Vaccination in Bombay 1869-1873 - 1869-1873
Year: 1869
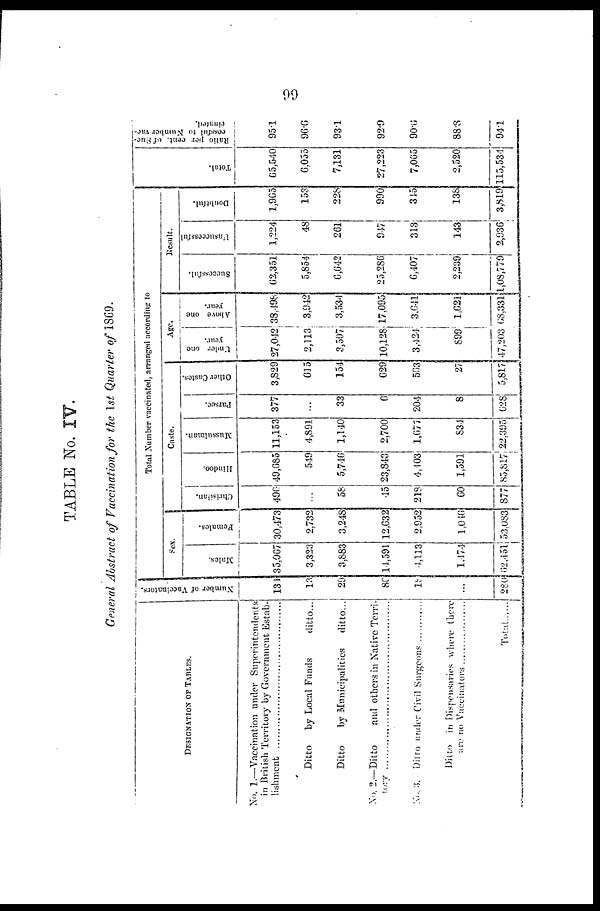
99
TABLE No. IV.
General Abstract of Vaccination for the 1st Quarter of 1869.
DESIGNATION OF TABLES.
No. 1.—Vaccination under Superintendents
in British Territory by Government Estab-
lishment . . . . . . . . . . . . . . . . . . . . . . . . . . .
Ditto
by Local Funds
ditto...
Ditto
by Municipalities
ditto...
No. 2.—Ditto and others in Native Terri¬
tory . . . . . . . . . . . . . . . . . . . . . . . . .. . . . . . .
No. 3. Ditto under Civil Surgeons . . . . . . . . . .
Ditto in Dispensaries where there
are no Vaccinators . . . . . . . . . . . . . . .. . . . . . . . .
Total
Number of Vaccinators.
131
13
29
86
18
...
280
Total Number vaccinated, arranged according to
Sex
Males.
35,067
3,323
3,883
14,591
4,113
1,474
62,451
Females.
30,473
2,732
3,248
12,632
2,952
1,046
53,083
Caste.
Christian.
496
...
58
45
218
60
877
Hindoo.
49,685
549
5,746
23,843
4,403
1,591
85,817
Mussulman.
11,153
4,891
1,140
2,700
1,677
834
22,395
Parsee.
377
...
33
6
204
8
628
Other Castes.
3,829
615
154
629
563
27
5,817
Age.
Under one
year.
27,042
2,113
3,597
10,128
3,424
899
47,203
Above one
year.
38,498
3,942
3,534
17,095
3,641
1,621
68,331
Result.
Successful.
62,351
5,854
6,642
25,286
6,407
2,239
1,08,779
Unsuccessful
1,224
48
261
947
313
143
2,936
Doubtful.
1,965
153
228
990
345
138
3,819
Total.
65,540
6,055
7,131
27,223
7,065
2,520
115,534
Ratio per cent. of Suc¬
cessful to Number vac¬
cinated.
95.1
96.6
93.1
92.9
90.6
88.8
94.1